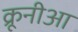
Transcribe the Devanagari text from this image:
क्रूनीआ